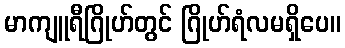
မာကျူရီဂြိုဟ်တွင် ဂြိုဟ်ရံလမရှိပေ။